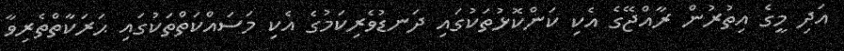
އަދި މީގެ އިތުރުން ރާއްޖޭގެ އެކި ކަންކޮޅުތަކުގައި ދަނޑުވެރިކަމުގެ އެކި މަސައްކަތްތަކުގައި ޙަރަކާތްތެރިވާ